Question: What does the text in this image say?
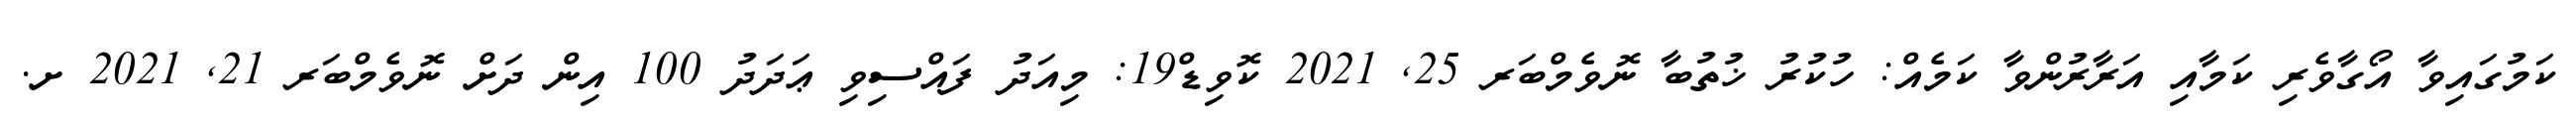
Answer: ކަމުގައިވާ އޯގާވެރި ކަމާއި އަރާރުންވާ ކަމެއް: ހުކުރު ޚުތުބާ ނޮވެމްބަރ 25, 2021 ކޮވިޑް19: މިއަދު ފައްސިވި ޢަދަދު 100 އިން ދަށް ނޮވެމްބަރ 21, 2021 ށ.